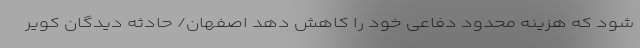
شود که هزینه محدود دفاعی خود را کاهش دهد اصفهان/ حادثه دیدگان کویر